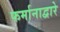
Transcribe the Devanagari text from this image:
फर्मानाद्वारे